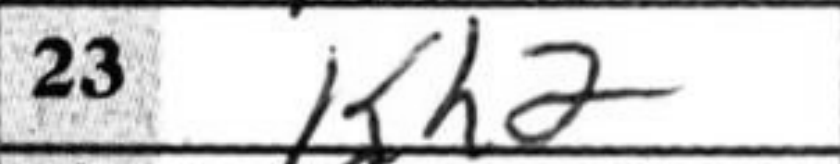
Transcription: Kh2